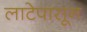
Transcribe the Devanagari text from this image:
लाटेपासून